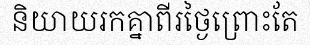
និយាយរកគ្នាពីរថ្ងៃព្រោះតែ